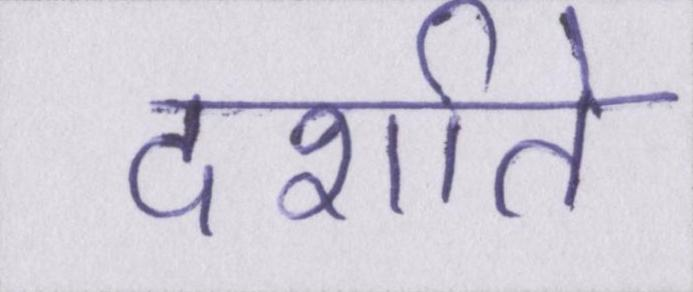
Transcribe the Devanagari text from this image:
दर्शाते